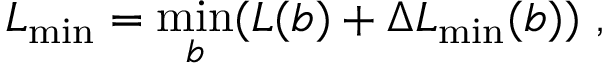
L _ { \mathrm { m i n } } = \operatorname* { m i n } _ { b } ( L ( b ) + \Delta L _ { \mathrm { m i n } } ( b ) ) \, \, ,